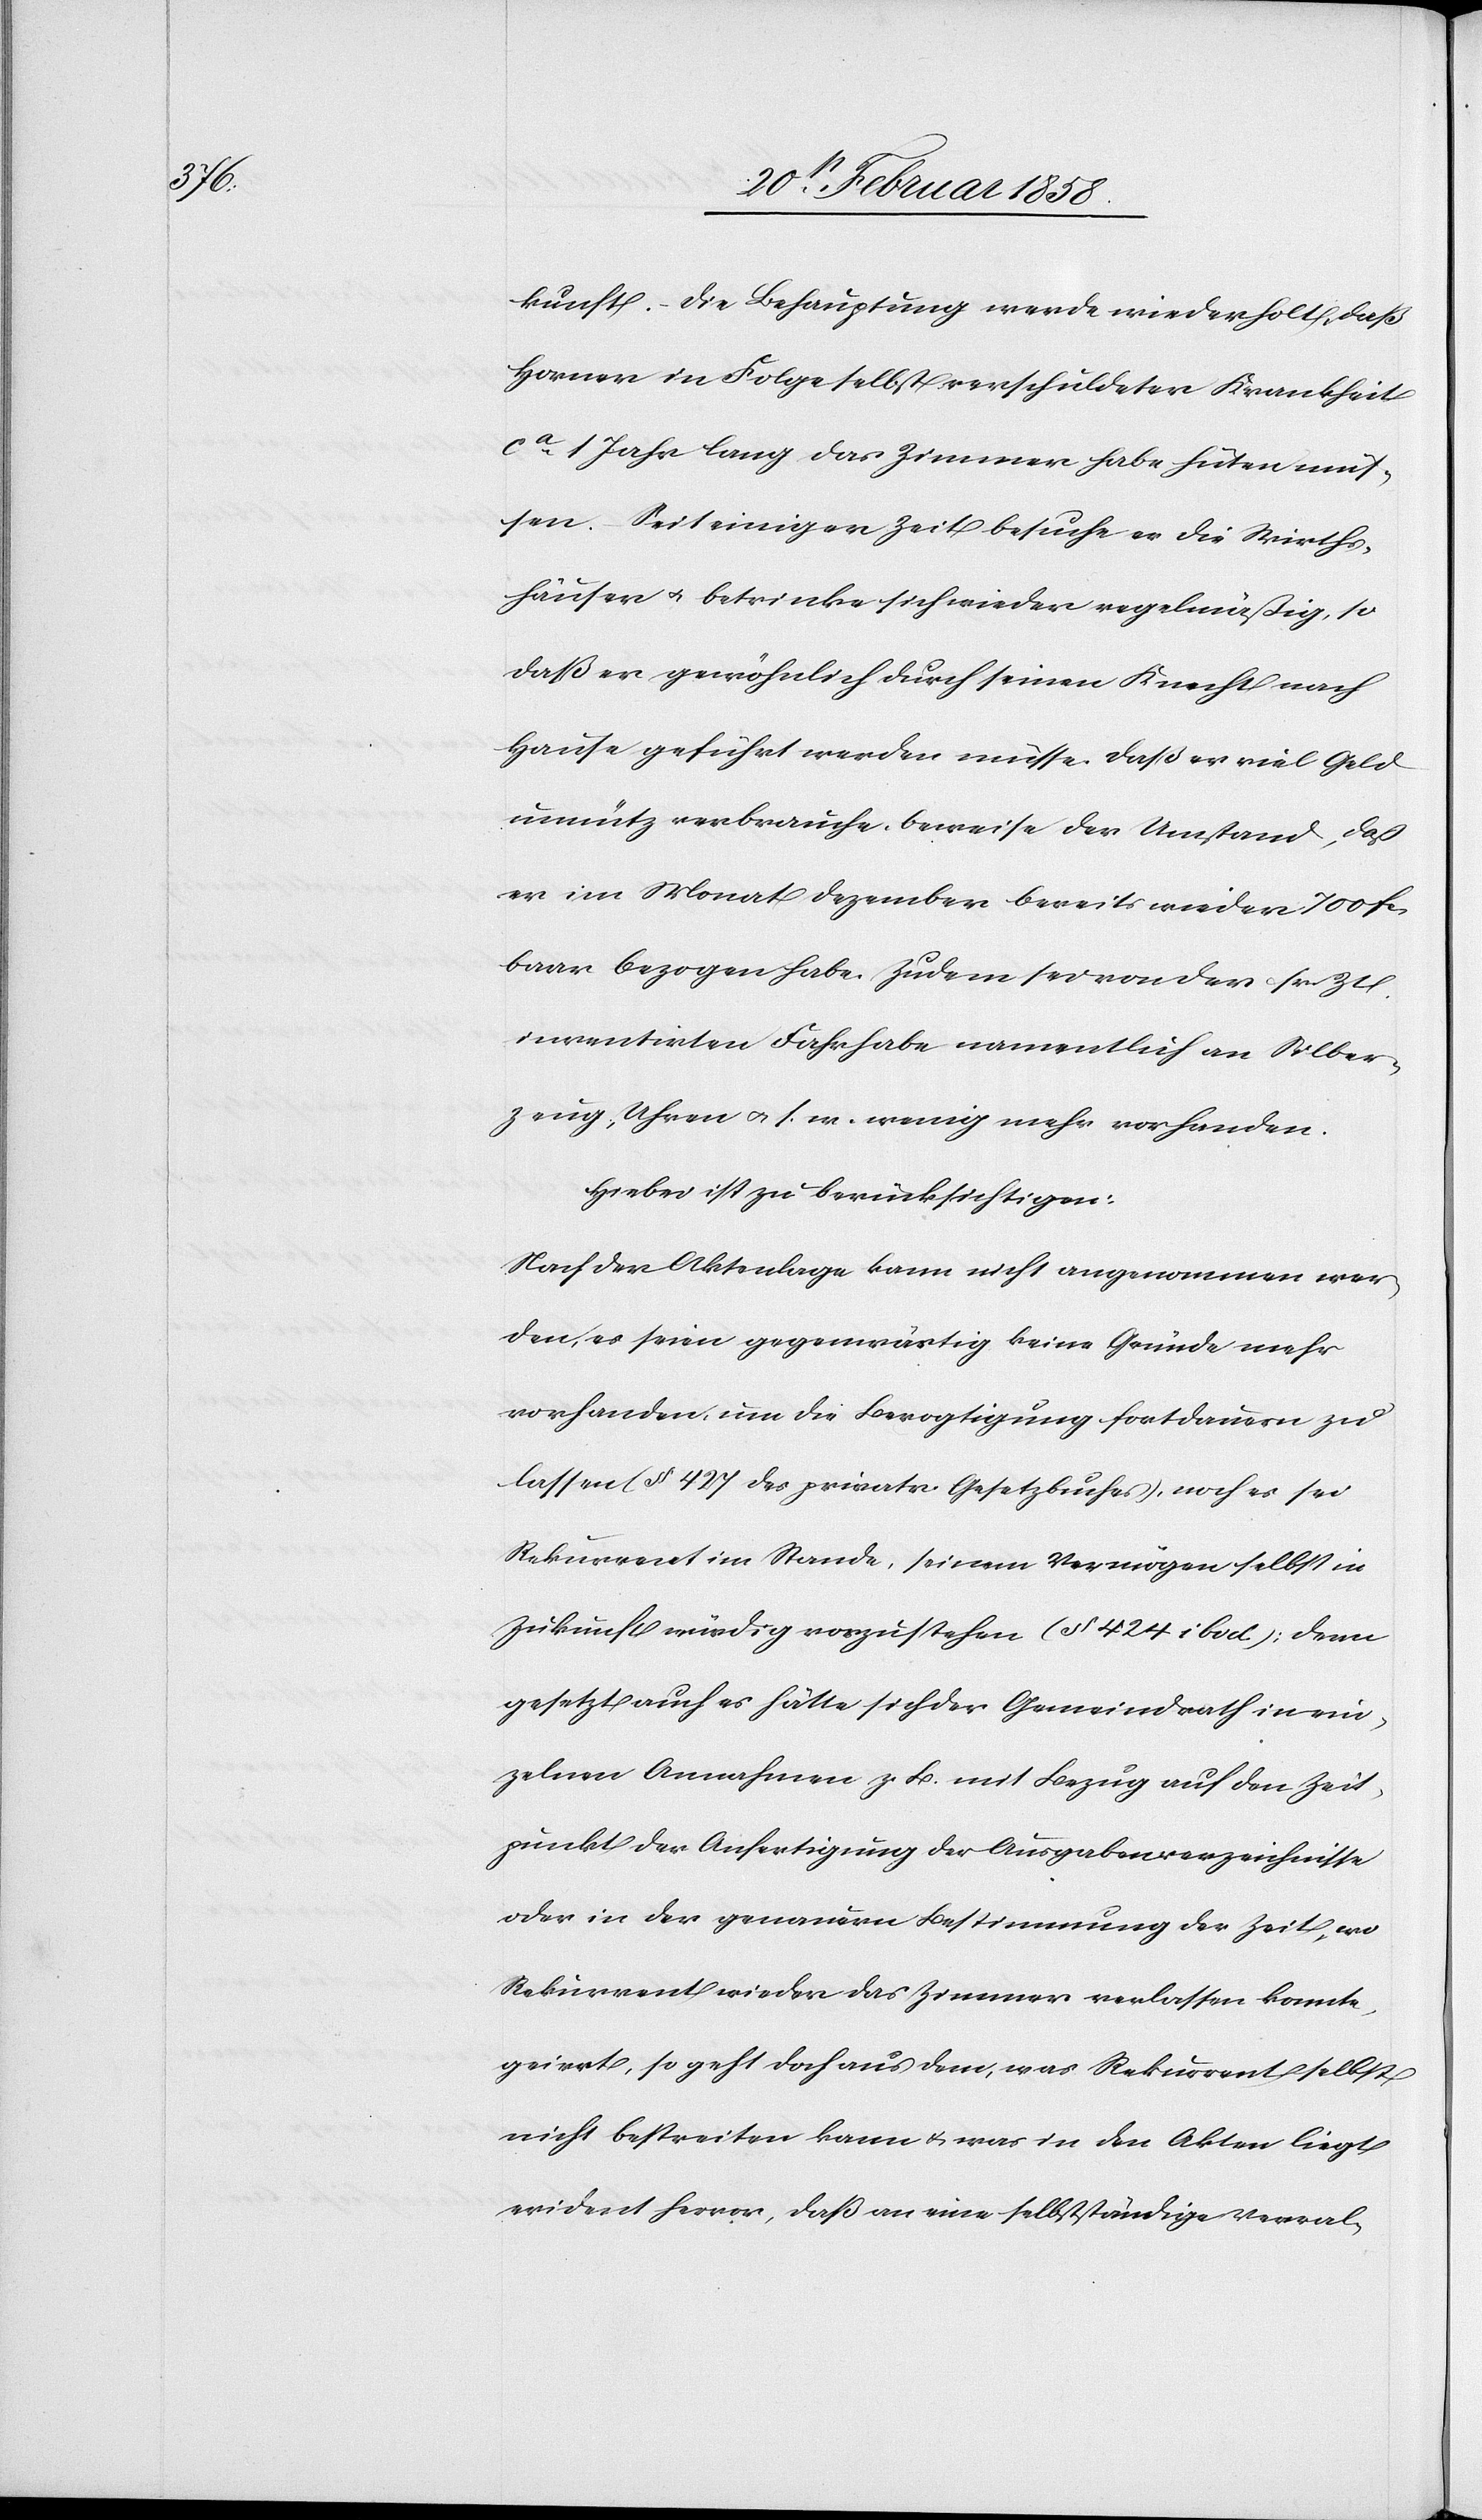
kunft. Die Behauptung werde wiederholt, daß
Horner in Folge selbstverschuldeter Krankheit
ca 1 Jahr lang das Zimmer habe hüten müs¬
sen. Seit einiger Zeit besuche er die Wirths¬
häuser u. betrinke sich wieder regelmäßig, so
daß er gewöhnlich durch seinen Knecht nach
Hause geführt werden müsse. Daß er viel Geld
unnütz verbrauche, beweise der Umstand, daß
er im Monat Dezember bereits wieder 700 fcs.
baar bezogen habe. Zudem sei von der sr. Zt.
inventirten Fahrhabe namentlich an Silber¬
zeug, Uhren u. s. w. wenig mehr vorhanden.
Hiebei ist zu berücksichtigen:
Nach der Aktenlage kann nicht angenommen wer¬
den, es seien gegenwärtig keine Gründe mehr
vorhanden, um die Bevogtigung fortdauern zu
lassen (§ 427 des privatr. Gesetzbuches), noch es sei
Rekurrent im Stande, seinem Vermögen selbst in
Zukunft würdig vorzustehen (§ 424 ibid); denn
gesetzt auch es hätte sich der Gemeindrath in ein¬
zelnen Annahmen z. B. mit Bezug auf den Zeit¬
punkt der Anfertigung der Ausgabenverzeichnisse
oder in der genauern Bestimmung der Zeit, wo
Rekurrent wieder das Zimmer verlassen konnte,
geirrt, so geht doch aus dem, was Rekurrent selbst
nicht bestreiten kann u. was in den Akten liegt
evident hervor, daß an eine selbstständige Verwal-